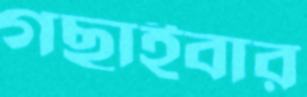
গছাইবার